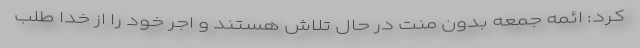
کرد: ائمه جمعه بدون منت در حال تلاش هستند و اجر خود را از خدا طلب